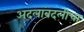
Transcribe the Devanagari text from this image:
अदलाबदलीचा